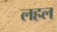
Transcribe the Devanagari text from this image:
लहल